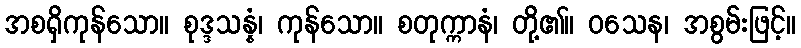
အစရှိကုန်သော။ စုဒ္ဒသန္နံ၊ ကုန်သော။ စတုက္ကာနံ၊ တို့၏။ ဝသေန၊ အစွမ်းဖြင့်။